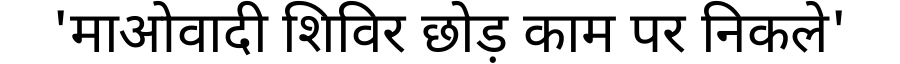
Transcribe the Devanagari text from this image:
'माओवादी शिविर छोड़ काम पर निकले'